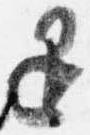
退